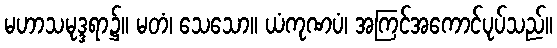
မဟာသမုဒ္ဒရာ၌။ မတံ၊ သေသော။ ယံကုဏပံ၊ အကြင်အကောင်ပုပ်သည်။